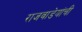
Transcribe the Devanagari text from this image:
राजवाडेयांची